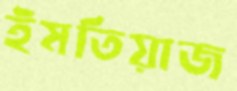
ইমতিয়াজ